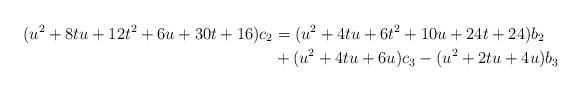
LaTeX: \begin{align*}(u^2+8tu+12t^2+6u+30t+16)c_2 & =(u^2+4tu+6t^2+10u+24t+24)b_2 \\& +(u^2+4tu+6u)c_3-(u^2+2tu+4u)b_3\end{align*}